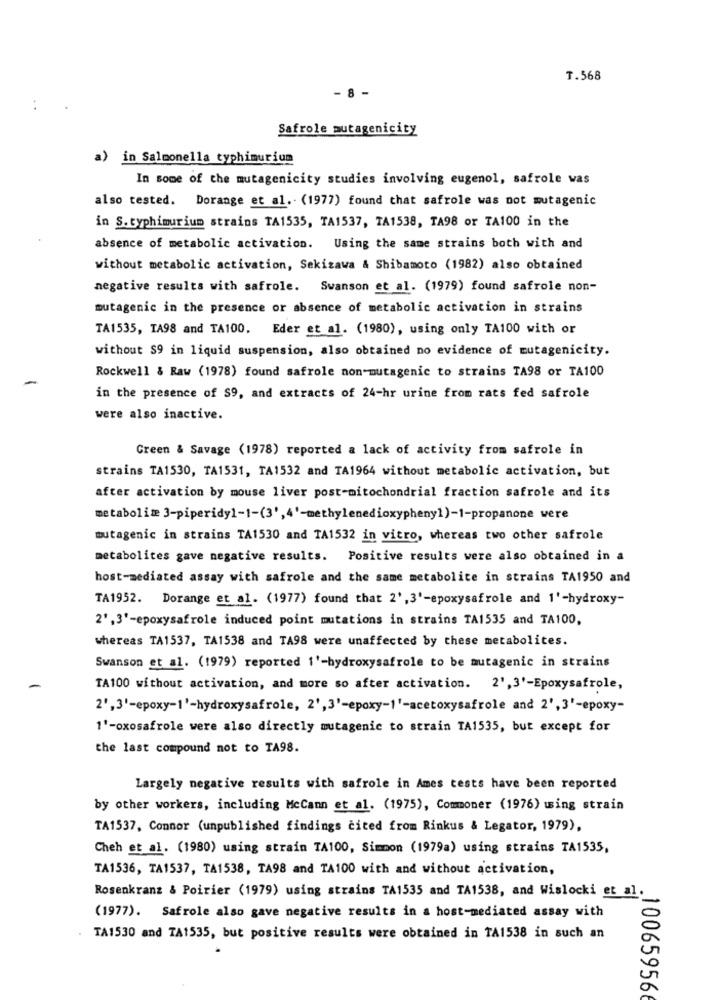
T.568
- 8 -
. .
Safrole mutagenicity
a) in Salmonella typhimurium
In some of the mutagenicity studies involving eugenol, safrole was
also tested. Dorange et al. (1977) found that safrole was not mutagenic
in S. typhimurium strains TA1535, TA1537, TA1538, TA98 or TA100 in the
absence of metabolic activation. Using the same strains both with and
without metabolic activation, Sekizawa & Shibamoto (1982) also obtained
negative results with safrole. Swanson et al. (1979) found safrole non-
mutagenic in the presence or absence of metabolic activation in strains
TA1535, TA98 and TA100. Eder et al. (1980), using only TA100 with or
without S9 in liquid suspension, also obtained no evidence of mutagenicity.
Rockwell & Raw (1978) found safrole non-mutagenic to strains TA98 or TA100
in the presence of S9, and extracts of 24-hr urine from rats fed safrole
were also inactive.
Green & Savage (1978) reported a lack of activity from safrole in
strains TA1530, TA1531, TA1532 and TA1964 without metabolic activation, but
after activation by mouse liver post-mitochondrial fraction safrole and its
metabolim 3-piperidyl-1-(3',4'-methylenedioxyphenyl)-1-propanone were
mutagenic in strains TA1530 and TA1532 in vitro, whereas two other safrole
metabolites gave negative results. Positive results were also obtained in a
host-mediated assay with safrole and the same metabolite in strains TA1950 and
TA1952. Dorange et al. (1977) found that 2', 3'-epoxysafrole and 1'-hydroxy-
2' ,3'-epoxysafrole induced point mutations in strains TA1535 and TA100,
whereas TA1537, TA1538 and TA98 were unaffected by these metabolites.
Swanson et al. (1979) reported 1'-hydroxysafrole to be mutagenic in strains
TA100 without activation, and more so after activation. 2', 3'-Epoxysafrole,
2',3'-epoxy-1'-hydroxysafrole, 2',3'-epoxy-1'-acetoxysafrole and 2',3'-epoxy-
1'-oxosafrole were also directly mutagenic to strain TA1535, but except for
the last compound not to TA98.
Largely negative results with safrole in Ames tests have been reported
by other workers, including McCann et al. (1975), Commoner (1976) using strain
TA1537, Connor (unpublished findings cited from Rinkus & Legator, 1979),
Cheh et al. (1980) using strain TA100, Simmon (1979a) using strains TA1535,
TA1536, TA1537, TA1538, TA98 and TA100 with and without activation,
Rosenkranz & Poirier (1979) using strains TA1535 and TA1538, and Wislocki et al.
(1977). Safrole also gave negative results in a host-mediated assay with
TA1530 and TA1535, but positive results were obtained in TA1538 in such an
.100659566